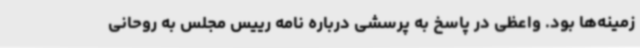
زمینه‌ها بود. واعظی در پاسخ به پرسشی درباره نامه رییس مجلس به روحانی